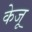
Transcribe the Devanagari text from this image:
केजू